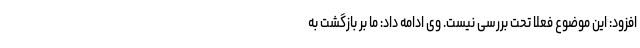
افزود: این موضوع فعلا تحت بررسی نیست. وی ادامه داد: ما بر بازگشت به